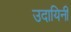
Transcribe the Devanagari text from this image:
उदायिनी